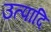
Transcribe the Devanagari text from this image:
उत्पादि